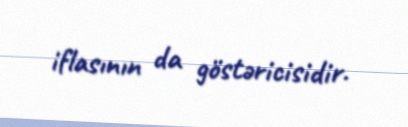
iflasının da göstəricisidir.